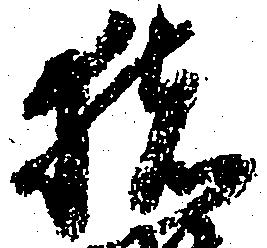
猪